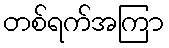
တစ်ရက်အကြာ